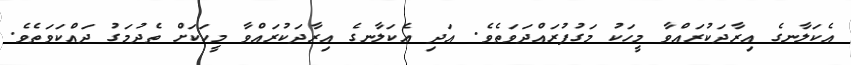
އެކަލާނގެ އިރާދަކުރައްވާ މީހަކު މަގުފުރައްދަވަތެވެ. އަދި އެކަލާނގެ އިރާދަކުރައްވާ މީހަކަށް ތެދުމަގު ދައްކަވަތެވެ.